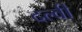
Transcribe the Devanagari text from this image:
दल्वी